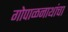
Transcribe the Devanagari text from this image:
गोपाळनाथांचा